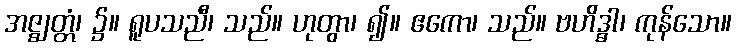
အဇ္ဈတ္တံ၊ ၌။ ရူပသညီ၊ သည်။ ဟုတွာ၊ ၍။ ဧကော၊ သည်။ ဗဟိဒ္ဓါ၊ ကုန်သော။